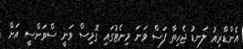
އެންޑްރިއު ލަނޑު ޖެހިތާ ފަސް ވަނަ މިނެޓުގައި ގޮމިސް ވަނީ ސްވަންސީ އަށް